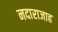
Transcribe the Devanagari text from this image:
नदाराजाह